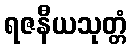
ရဇနီယသုတ္တံ